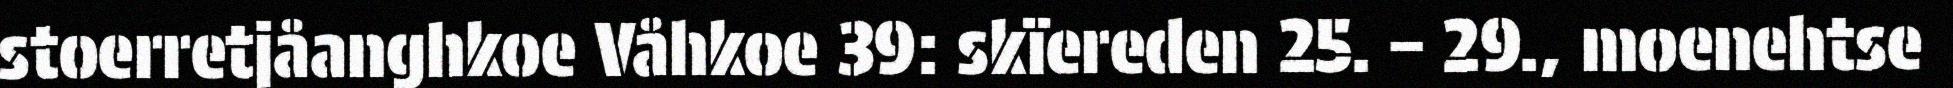
stoerretjåanghkoe Våhkoe 39: skïereden 25. – 29., moenehtse